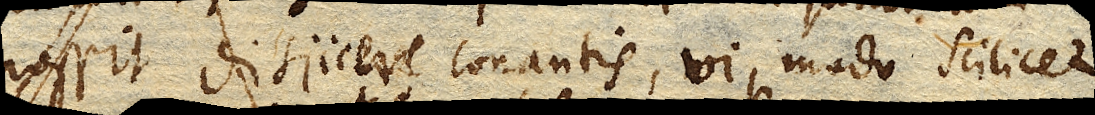
possit disjicere conantis, vi, modo scilicet